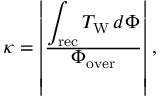
\begin{array} { r } { \kappa = \left| \frac { \displaystyle \int _ { \mathrm { r e c } } T _ { \mathrm { W } } \, d \Phi } { \displaystyle \Phi _ { \mathrm { o v e r } } } \right| , } \end{array}